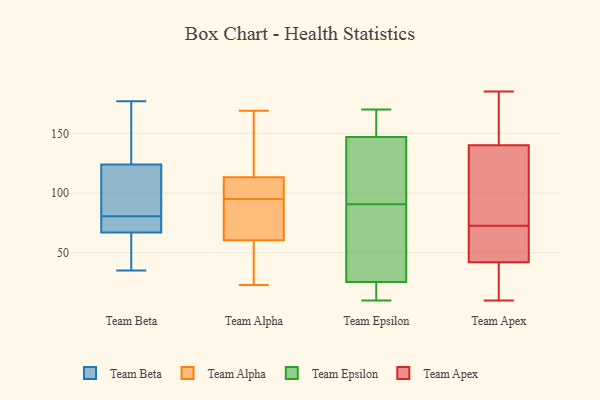
{"axis": {"x": "Gross Profit (USD K)", "y": "Value"}, "legend": ["Team Alpha", "Team Apex", "Team Beta", "Team Epsilon"], "data": [{"x": "", "y": 68, "type": "Team Beta"}, {"x": "", "y": 68, "type": "Team Beta"}, {"x": "", "y": 177, "type": "Team Beta"}, {"x": "", "y": 56, "type": "Team Beta"}, {"x": "", "y": 124, "type": "Team Beta"}, {"x": "", "y": 67, "type": "Team Beta"}, {"x": "", "y": 35, "type": "Team Beta"}, {"x": "", "y": 94, "type": "Team Beta"}, {"x": "", "y": 72, "type": "Team Beta"}, {"x": "", "y": 98, "type": "Team Beta"}, {"x": "", "y": 89, "type": "Team Beta"}, {"x": "", "y": 142, "type": "Team Beta"}, {"x": "", "y": 172, "type": "Team Beta"}, {"x": "", "y": 36, "type": "Team Beta"}, {"x": "", "y": 123, "type": "Team Alpha"}, {"x": "", "y": 110, "type": "Team Alpha"}, {"x": "", "y": 50, "type": "Team Alpha"}, {"x": "", "y": 64, "type": "Team Alpha"}, {"x": "", "y": 169, "type": "Team Alpha"}, {"x": "", "y": 23, "type": "Team Alpha"}, {"x": "", "y": 49, "type": "Team Alpha"}, {"x": "", "y": 93, "type": "Team Alpha"}, {"x": "", "y": 104, "type": "Team Alpha"}, {"x": "", "y": 92, "type": "Team Alpha"}, {"x": "", "y": 95, "type": "Team Alpha"}, {"x": "", "y": 147, "type": "Team Alpha"}, {"x": "", "y": 109, "type": "Team Alpha"}, {"x": "", "y": 97, "type": "Team Epsilon"}, {"x": "", "y": 155, "type": "Team Epsilon"}, {"x": "", "y": 163, "type": "Team Epsilon"}, {"x": "", "y": 18, "type": "Team Epsilon"}, {"x": "", "y": 27, "type": "Team Epsilon"}, {"x": "", "y": 24, "type": "Team Epsilon"}, {"x": "", "y": 84, "type": "Team Epsilon"}, {"x": "", "y": 101, "type": "Team Epsilon"}, {"x": "", "y": 139, "type": "Team Epsilon"}, {"x": "", "y": 170, "type": "Team Epsilon"}, {"x": "", "y": 79, "type": "Team Epsilon"}, {"x": "", "y": 10, "type": "Team Epsilon"}, {"x": "", "y": 52, "type": "Team Apex"}, {"x": "", "y": 124, "type": "Team Apex"}, {"x": "", "y": 10, "type": "Team Apex"}, {"x": "", "y": 98, "type": "Team Apex"}, {"x": "", "y": 62, "type": "Team Apex"}, {"x": "", "y": 10, "type": "Team Apex"}, {"x": "", "y": 156, "type": "Team Apex"}, {"x": "", "y": 83, "type": "Team Apex"}, {"x": "", "y": 57, "type": "Team Apex"}, {"x": "", "y": 32, "type": "Team Apex"}, {"x": "", "y": 185, "type": "Team Apex"}, {"x": "", "y": 181, "type": "Team Apex"}]}